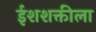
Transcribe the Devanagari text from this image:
ईशशक्तीला